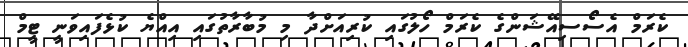
ކެރަމް އެސޯސިއޭޝަންގެ ކެރަމް ހޯލުގައި ކުރިއަށްދާ މި މުބާރާތުގައި އިއްޔެ ކުޅެފައިވަނީ ޓީމް